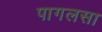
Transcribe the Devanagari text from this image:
पागलसा